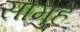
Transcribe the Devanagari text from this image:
सामुहें